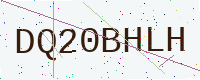
Text: DQ20BHLH